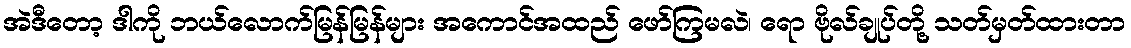
အဲဒီတော့ ဒါကို ဘယ်လောက်မြန်မြန်များ အကောင်အထည် ဖော်ကြမလဲ၊ ရော ဗိုလ်ချုပ်တို့ သတ်မှတ်ထားတာ